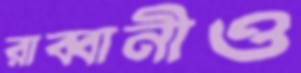
রাব্বানীও